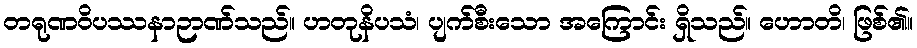
တရုဏဝိပဿနာဉာဏ်သည်။ ဟတုနိပသံ၊ ပျက်စီးသော အကြောင်း ရှိသည်။ ဟောတိ၊ ဖြစ်၏။